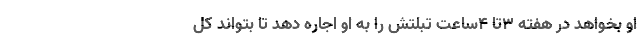
او بخواهد در هفته 3تا 4ساعت تبلتش را به او اجاره دهد تا بتواند کل